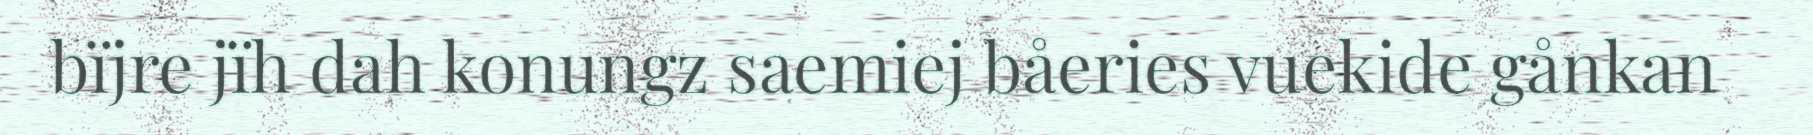
bïjre jïh dah konungz saemiej båeries vuekide gånkan